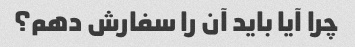
چرا آیا باید آن را سفارش دهم؟